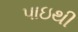
પાઇથી